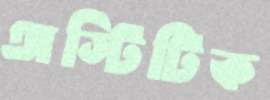
অস্টিটিক